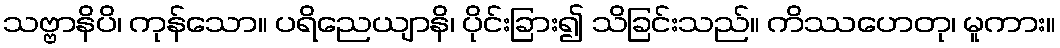
သဗ္ဗာနိပိ၊ ကုန်သော။ ပရိညေယျာနိ၊ ပိုင်းခြား၍ သိခြင်းသည်။ ကိဿဟေတု၊ မူကား။